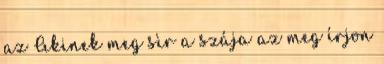
az Akinek meg sìr a szája az meg írjon